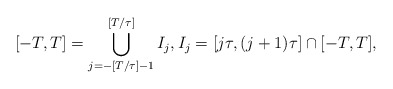
\begin{align*}[-T,T] = \bigcup_{j=-[ T/\tau]-1}^{[ T/\tau]} I_j,I_j = [j\tau, (j+1)\tau] \cap [-T,T],\end{align*}